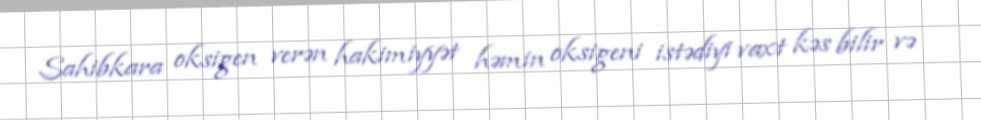
Sahibkara oksigen verən hakimiyyət həmin oksigeni istədiyi vaxt kəs bilir və